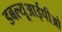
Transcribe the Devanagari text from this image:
डबल्यूआईपीओ